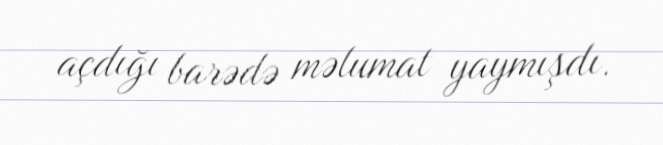
açdığı barədə məlumat yaymışdı.